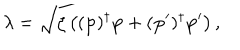
LaTeX: \lambda = \sqrt { \zeta \left( ( \mathbf { p } ) ^ { \dagger } \mathbf { p } + ( \mathbf { p } ^ { \prime } ) ^ { \dagger } \mathbf { p } ^ { \prime } \right) } \, ,